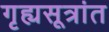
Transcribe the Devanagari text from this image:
गृह्यसूत्रांत